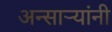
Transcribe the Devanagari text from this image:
अन्साऱ्यांनी